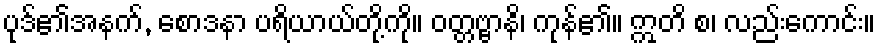
ပုဒ်၏အနက်, စောဒနာ ပရိယာယ်တို့ကို။ ဝတ္တဗ္ဗာနိ၊ ကုန်၏။ ဣတိ စ၊ လည်းကောင်း။